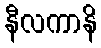
နီလကာနိ